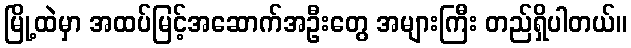
မြို့ထဲမှာ အထပ်မြင့်အဆောက်အဦးတွေ အများကြီး တည်ရှိပါတယ်။